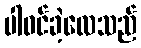
ပါဝင်ခဲ့လေသည်